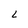
Character: L